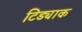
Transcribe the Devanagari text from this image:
टिड्याक